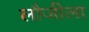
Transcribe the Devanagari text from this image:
लौजीला